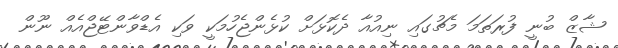
ޝާޒް ބުނީ ފުރަތަމަ މެޗުގައި ނިއުއާ ދެކޮޅަށް ކުޅެންޖެހުމަކީ ވަކި އެޑްވާންޓޭޖްއެއް ނޫން